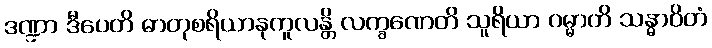
ဒဏ္ဍာ ဒီပေတိ ဓာတုစရိယာနုကူလန္တိ လက္ခဏေတိ သူရိယာ ဂမ္မာတိ သန္ဓာဝိတံ